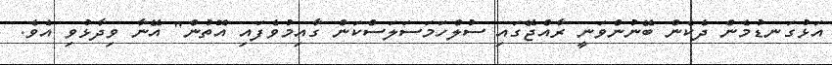
އަޅުގަނޑުމެން ދެކެން ބޭނުންވަނީ ރާއްޖޭގައި ސުލްހަމަސަލަސްކަން ގާއިމުވެފައި އޮތުން" އޭނާ ވިދާޅުވި އެވެ.